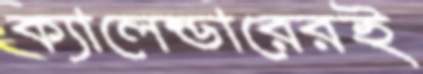
ক্যালেন্ডারেরই